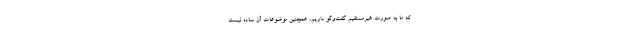
که ما به صورت غیرمستقیم گفت‌وگو داریم، همچنین موضوعات آن ساده نیست